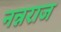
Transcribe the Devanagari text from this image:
नन्नराज